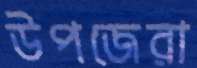
উপজেরা